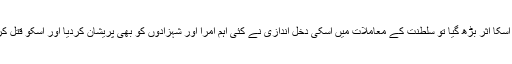
شاہی خاندان زار پر جب اسکا اثر بڑھ گیا تو سلطنت کے معاملات میں اسکی دخل اندازی نے کئی اہم امرا اور شہزادوں کو بھی پریشان کردیا اور اسکو قتل کرنے کا منصوبہ بنایا گیا۔